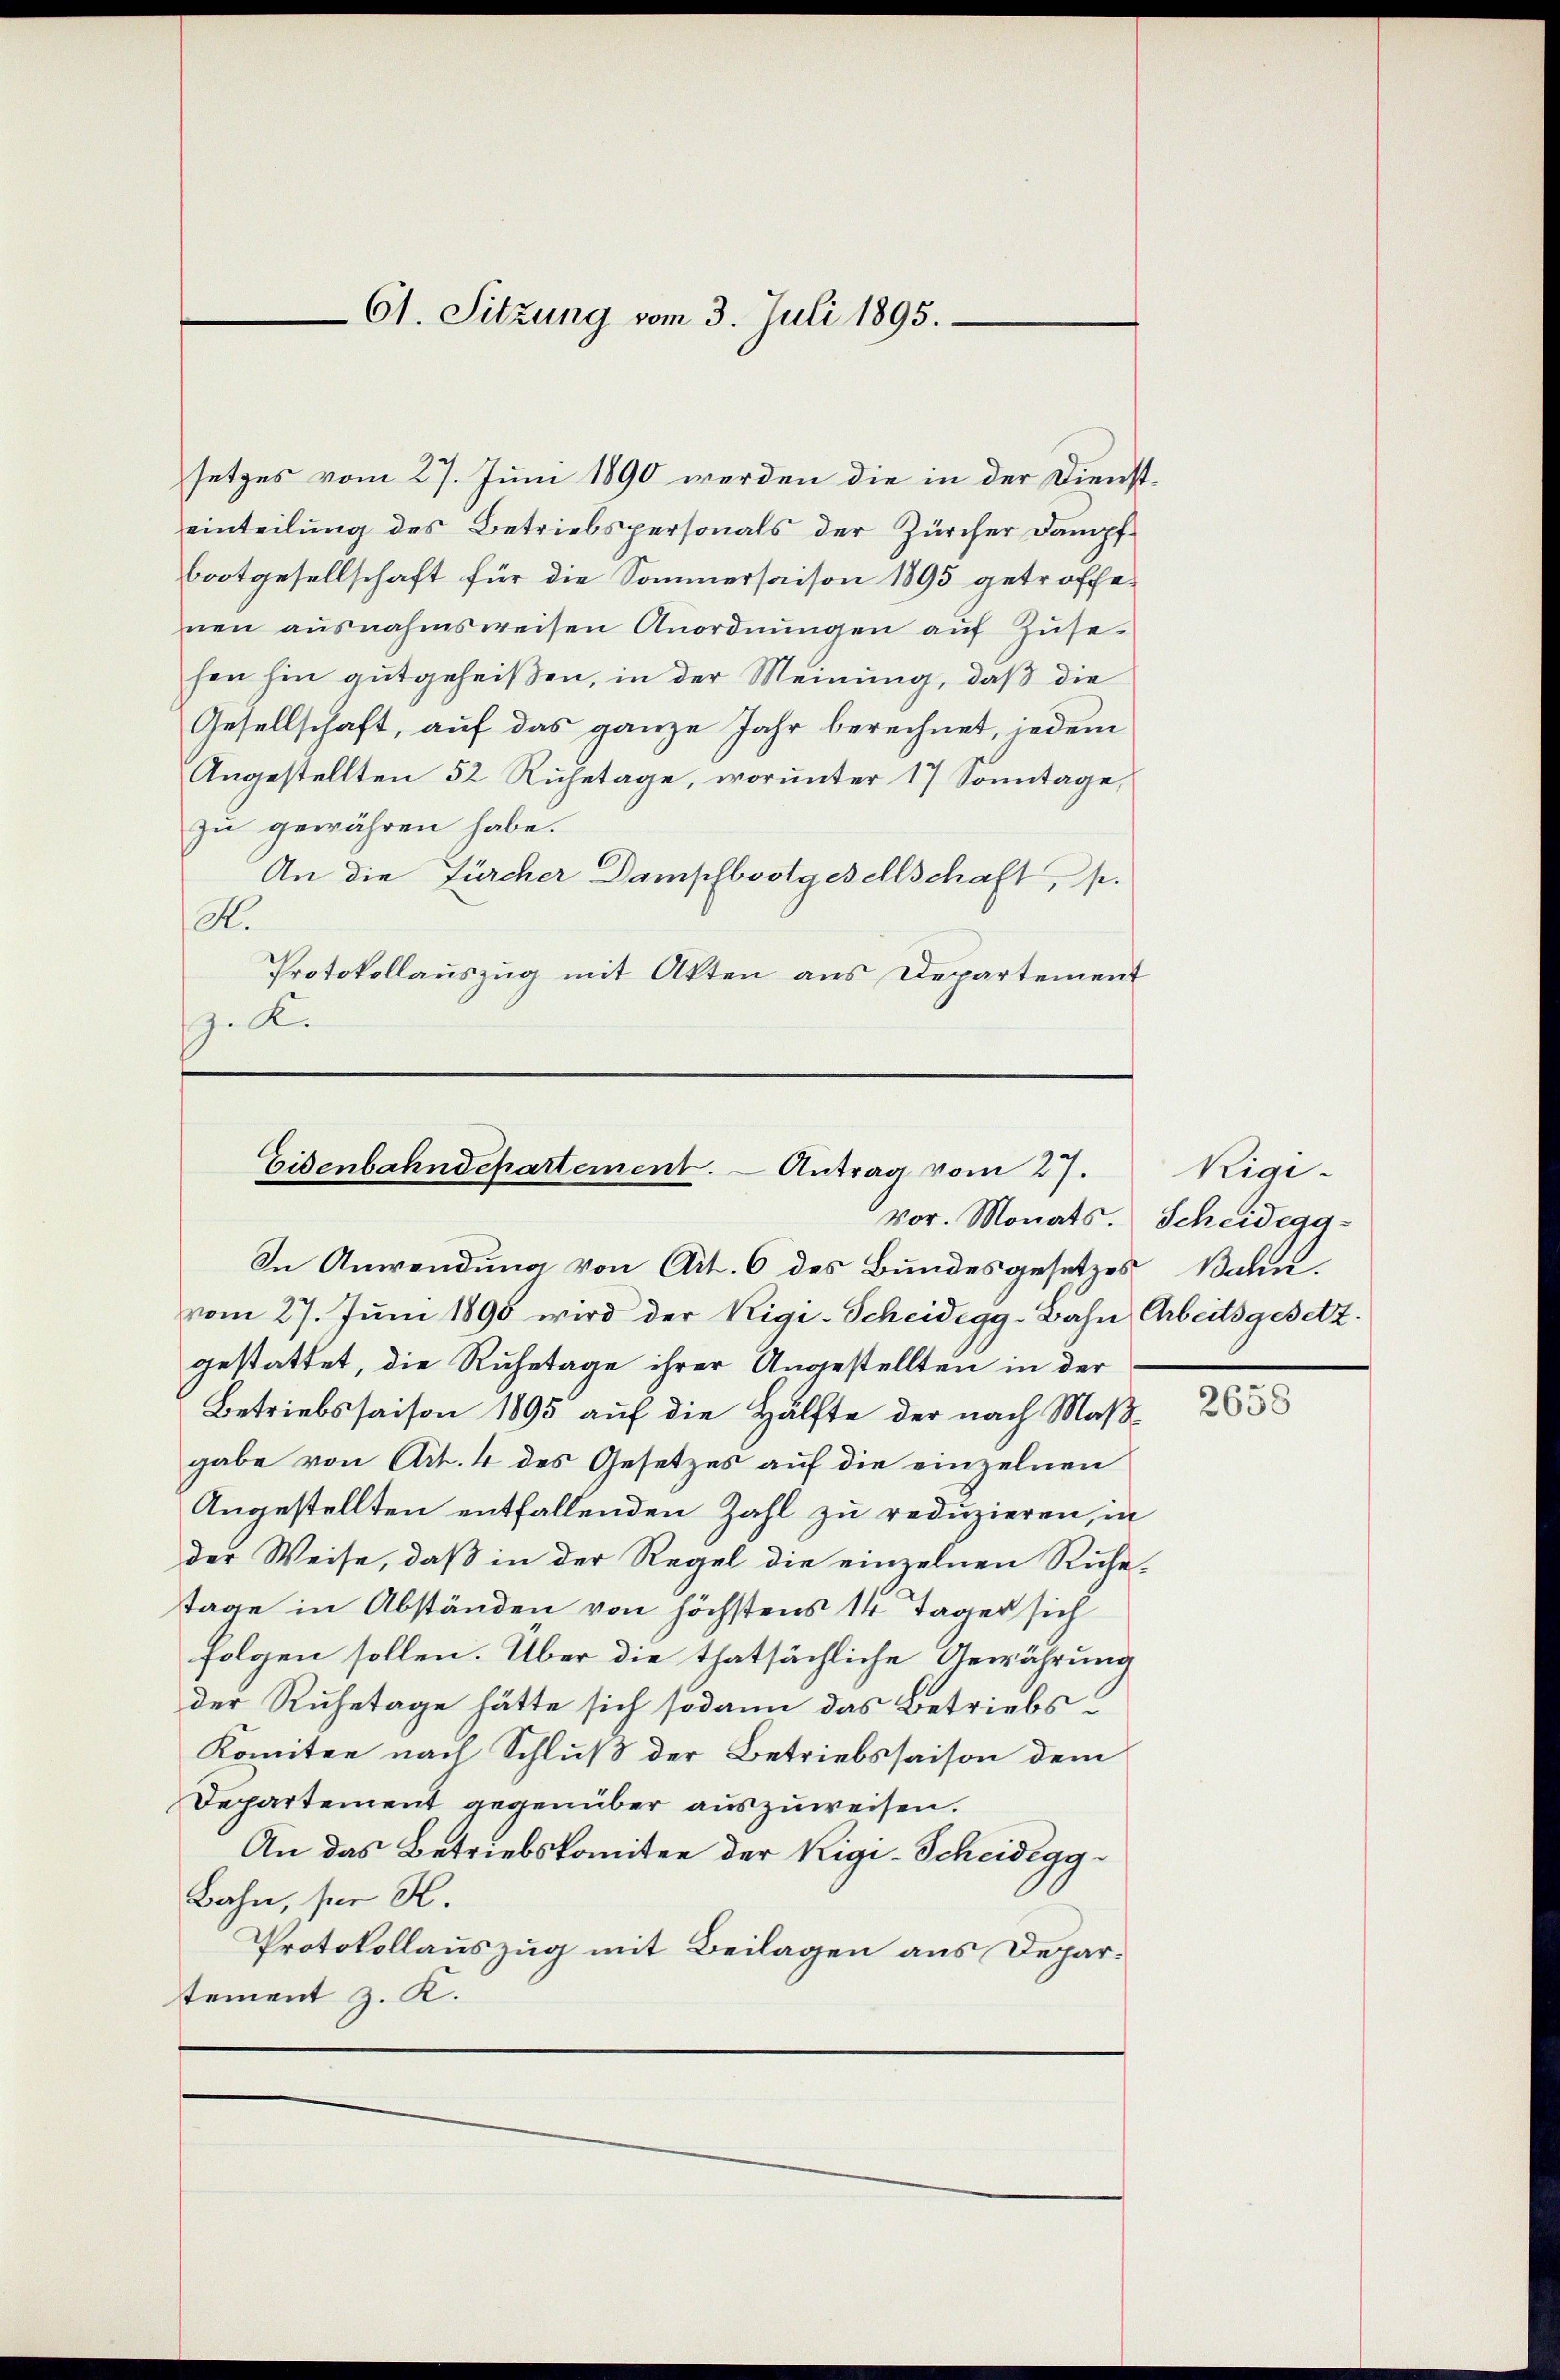
61. Sitzung vom 3. Juli 1895.

setzes vom 27. Juni 1890 werden die in der Diensteinteilung des Betriebspersonals der Zürcher Dampf-
bootgesellschaft für die Sommersaison 1895 getroffenen ausnahmsweisen Anordnŭngen aŭf Zŭse-
hen hin gutgeheißen, in der Meinung, daß die
Gesellschaft, auf das ganze Jahr berechnet, jedem
Angestellten 52 Ruhetage, worunter 17 Sonntage,
zu gewähren habe.
An die Fürcher Dampfbootgesellschaft, s.
A.
Protokollauszug mit Akten aus Departement
.

Eisenbahndepartement. - Antrag vom 27.
Vor. Monats. Scheidegg-

In Anwendung von Art. 6 des Bundesgesetzes Bahn.
vom 27. Jŭni 1890 wird der Rigi-Scheidigg-Bahn Arbeitsgesetz
gestattet, die Ruhetage ihrer Angestellten in der
Betriebssaison 1895 auf die Hälfte der nach Maßgabe von Art. 4 des Gesetzes auf die einzelnen
Angestellten entfallenden Zahl zu reduzieren, in
der Weise, daß in der Regel die einzelnen Ruhetage in Abständen von höchstens 14 Tager sich
folgen sollen. Über die thatsächliche Gewährung
der Ruhetage hätte sich sodann das Betriebs¬
Komitee nach Schluß der Betriebssaison dem
Departement gegenüber auszuweisen.
An das Betriebskomitee der Rigi-Scheidegg¬
Bahn, sei H.
Protokollauszug mit Beilagen aus Departement z. K.

Rigi-

2658